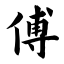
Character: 傅